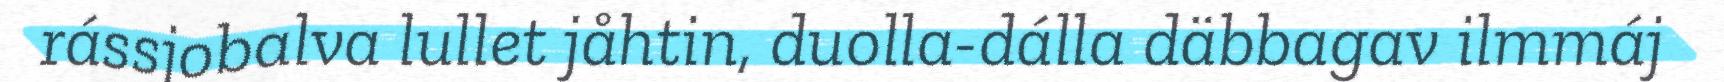
rássjobalva lullet jåhtin, duolla-dálla däbbagav ilmmáj